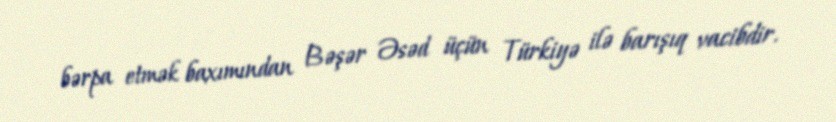
bərpa etmək baxımından Bəşər Əsəd üçün Türkiyə ilə barışıq vacibdir.